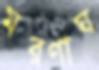
মরণাঘ